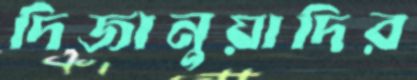
দিজানুয়াদির